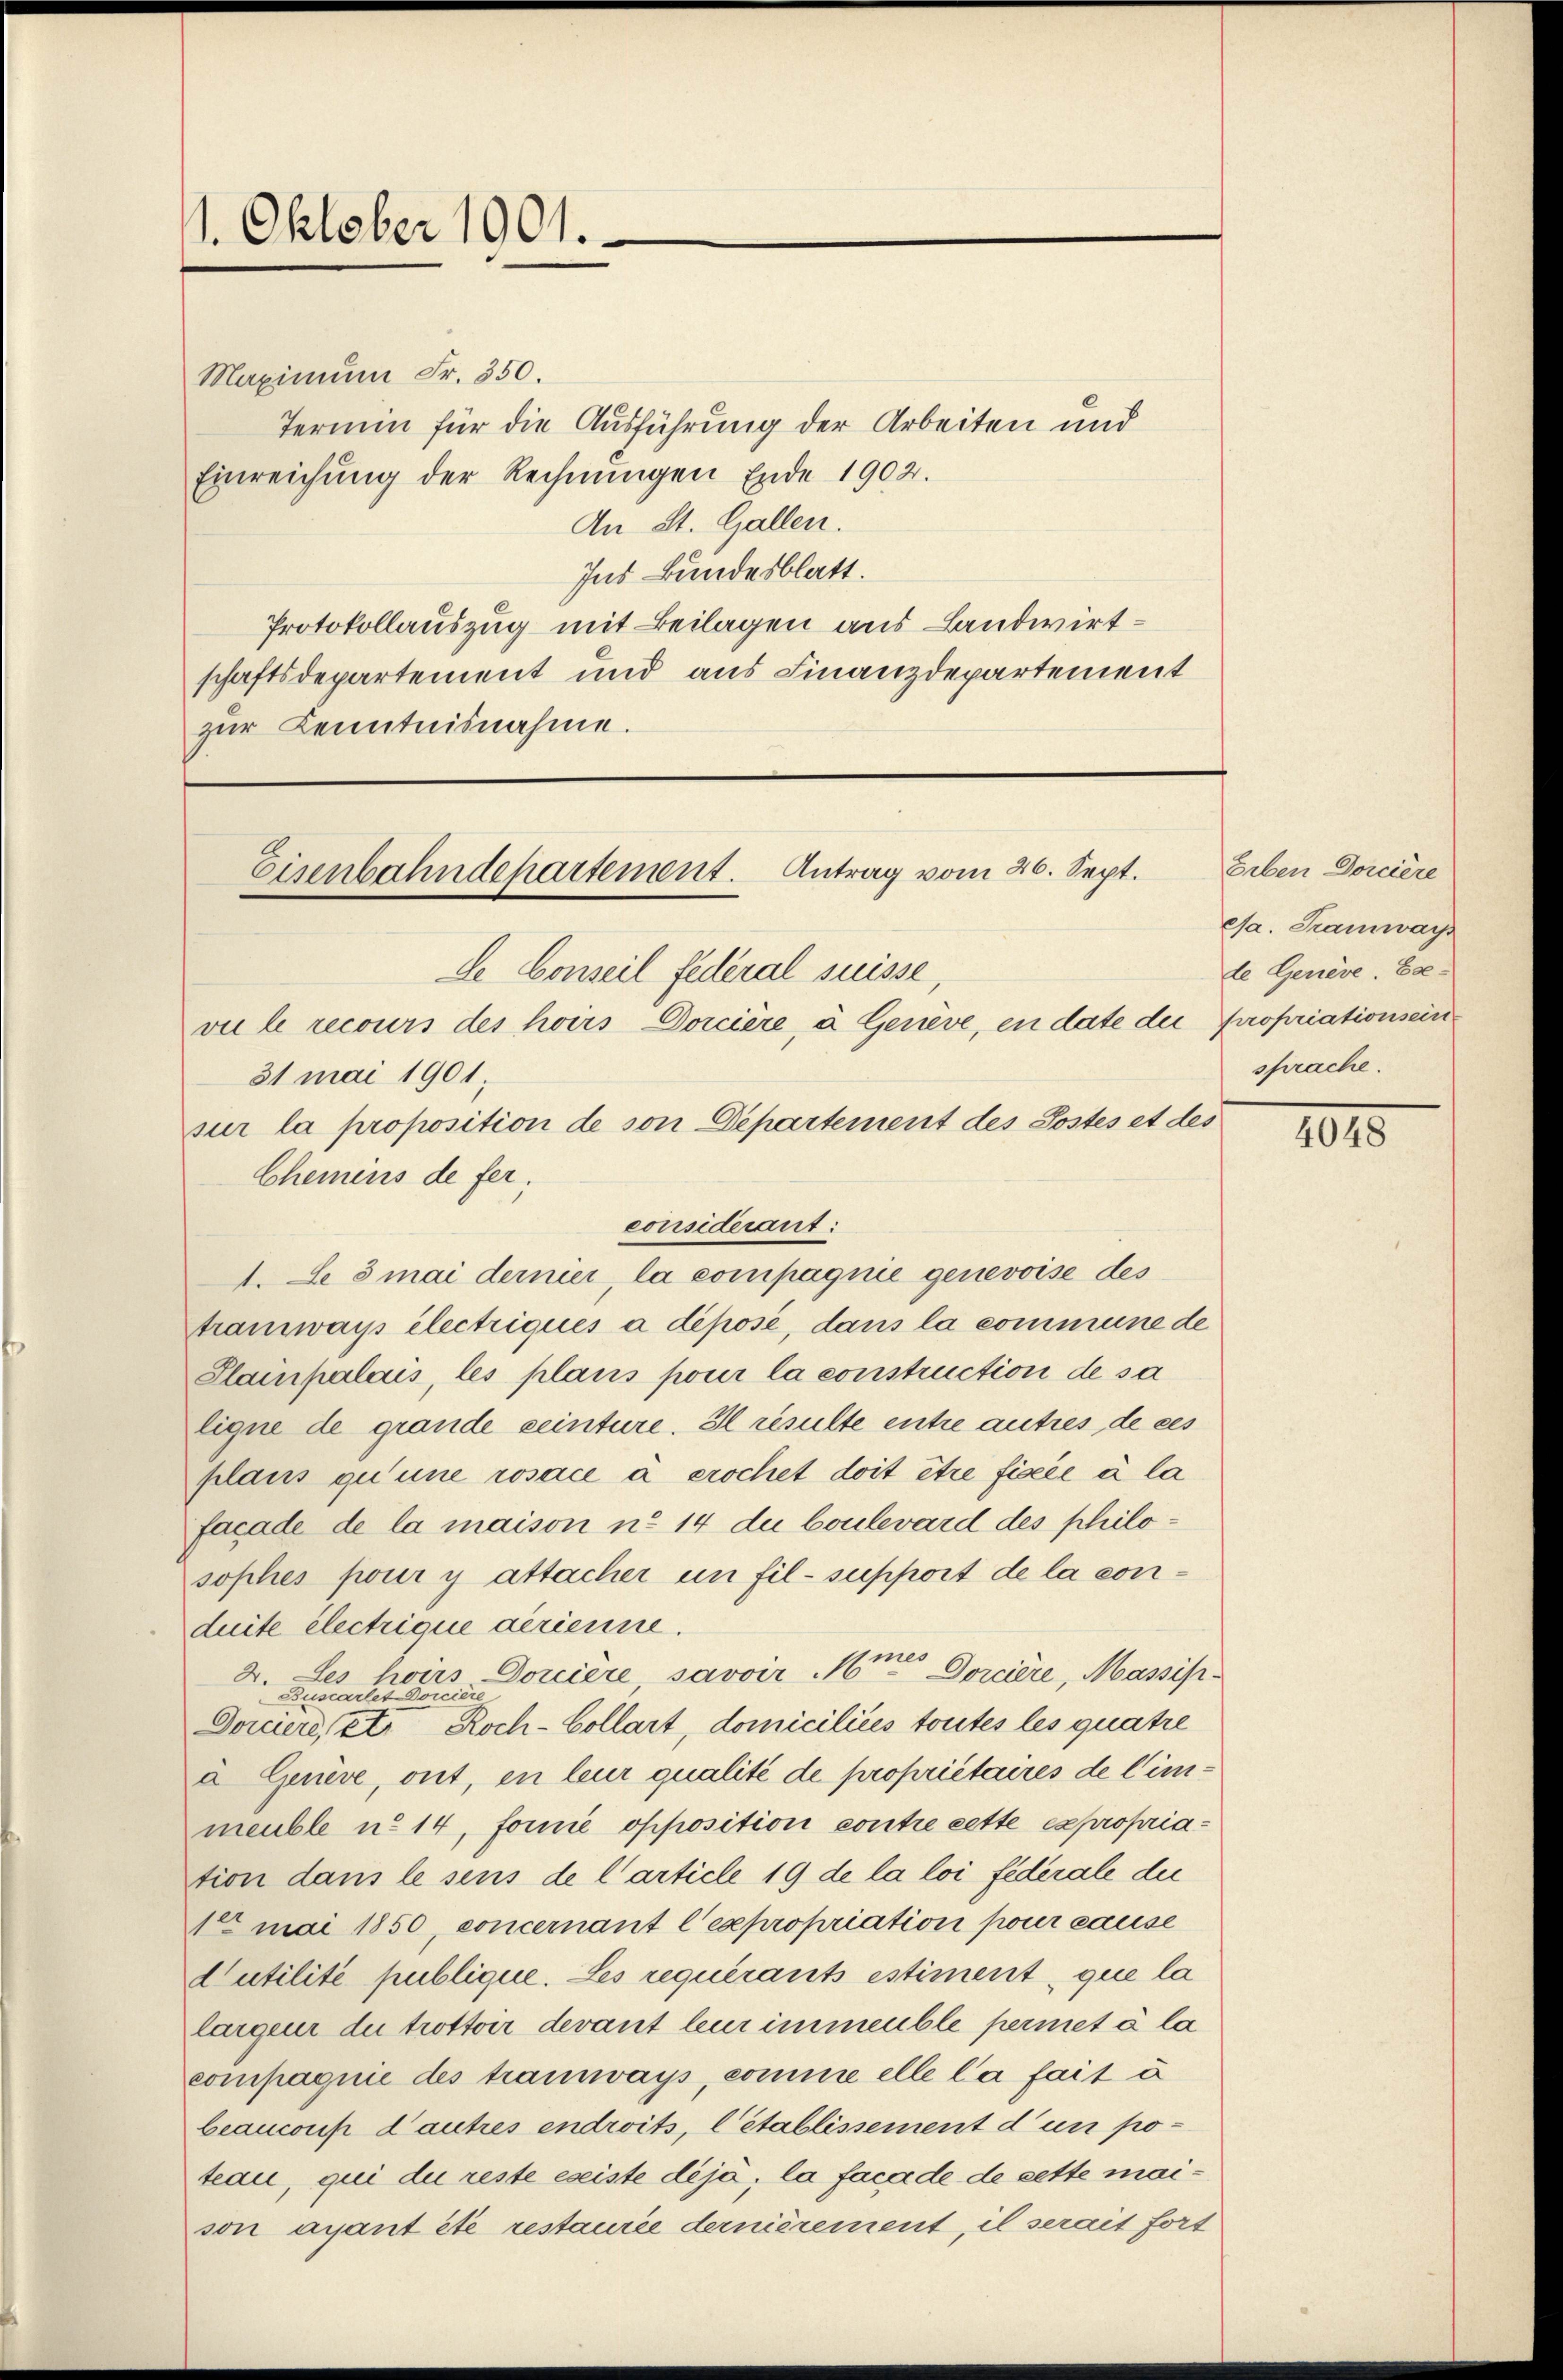
1. Oktober 1901.

Maximum Fr. 350.
Termin für die Ausführung der Arbeiten und
Einreichung der Rechnŭngen Ende 1902.
An St. Gallen.
Ins Bundesblatt.
Protokollauszug mit Beilagen aus Landwirtschaftsdepartement und aus Finanzdepartement
zur Kenntnisnahme.

sur la proposition de von Departement des Postes et des
Chemins de fer;
considerant:
1. Le 3 mai dernier, la compagnie genevoise des
Stramwar electriqués à déposé, dans la commune de
Slainpalais, les plans pour la construction de sa
ligne de grande seinture. Il resulte entre autres de ces
plans qu’une rosace à crochet doit être fisée à la
facade de la maison ne 14 die boulevard des philosophes pour y attacher un fil- support de la conduite électrique gerienne.
2. Les hoirs Dorciere, savoir Noten Dorcière, Massis
Dorenen eine eine einer betreten Koch-Collart, domiciliées toutes les quatre
à Genève, ont, en leur qualité de propriétaires de limimeuble u. 14, forme opposition contre cette expropriation dans le sens de l’article 19 de la loi fédérale die
1 mai 1850, concernant l’expropriation poner cause
Cutilité publique. Les requérants estiment, que la
largen die trottoir devant leur immeuble permet à la
compagnie des tramways, comme elle la fait à
beaucons Cautres endroits, l’établissement d’un po-
teau, qui die reste eseiste déjà; la facade de sette maison avant été restaurie dernièrement, il serait fort

Eisenbahndepartement. Antrag vom 26. Sept.
de Conseil federal suisse
vie le recours des hoirs Dorcière, à Genève, en date der Propriationsein
31 mai 1901;

Geben Dorciere
ca. Tramways
de Geriere. Exesprache.

III.